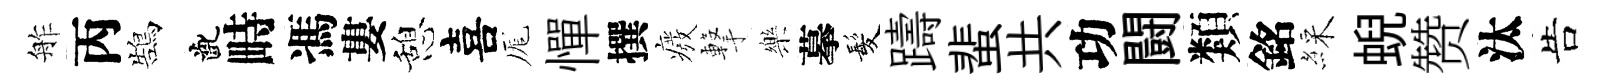
舴丙鵠齔畤馮婁憩喜厖憚撰癈撃樂摹髪躊蜚共功闘類銘綵蜺赞汰告